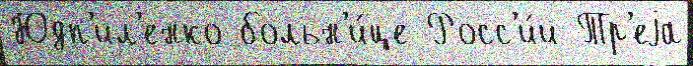
Юдп'ил'енко больн'и́це Росс'и́и Тр'еjа